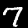
Label: 7